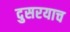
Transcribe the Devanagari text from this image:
दुसरयाच